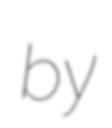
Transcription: by